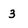
Character: 3